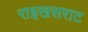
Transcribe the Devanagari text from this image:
राइखसराट